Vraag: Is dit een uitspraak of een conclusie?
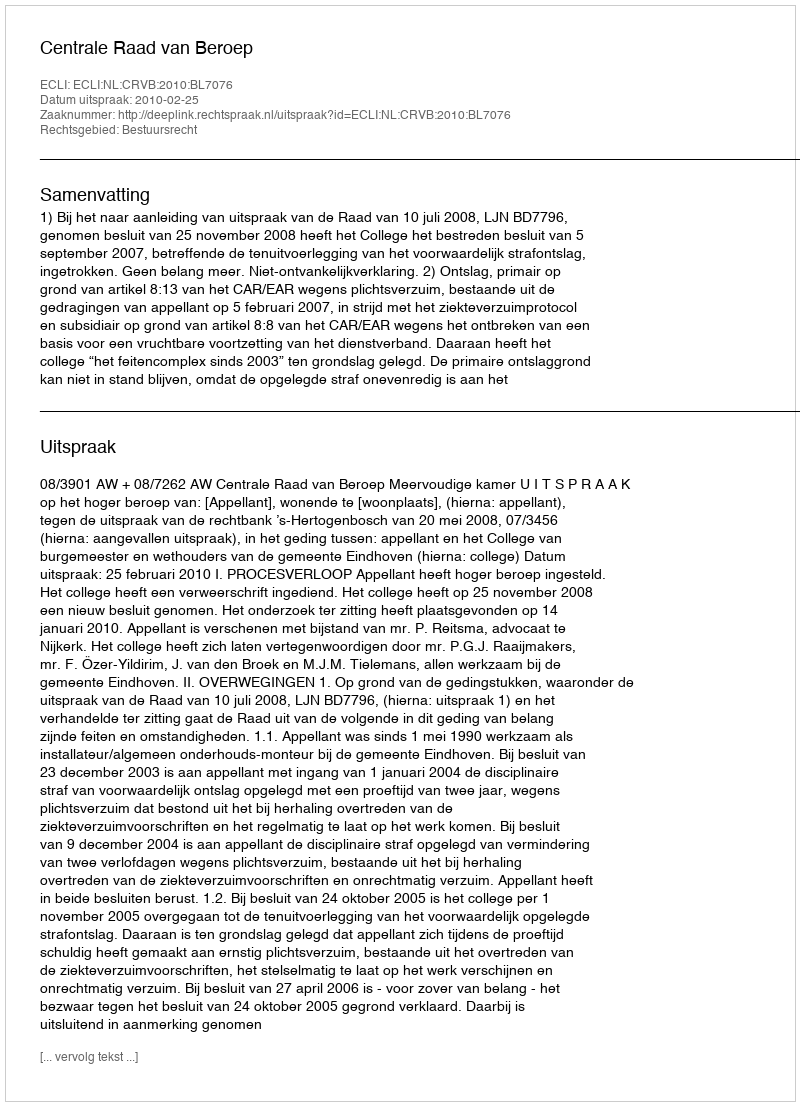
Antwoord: Uitspraak